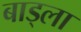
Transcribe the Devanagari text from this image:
बाड्ला